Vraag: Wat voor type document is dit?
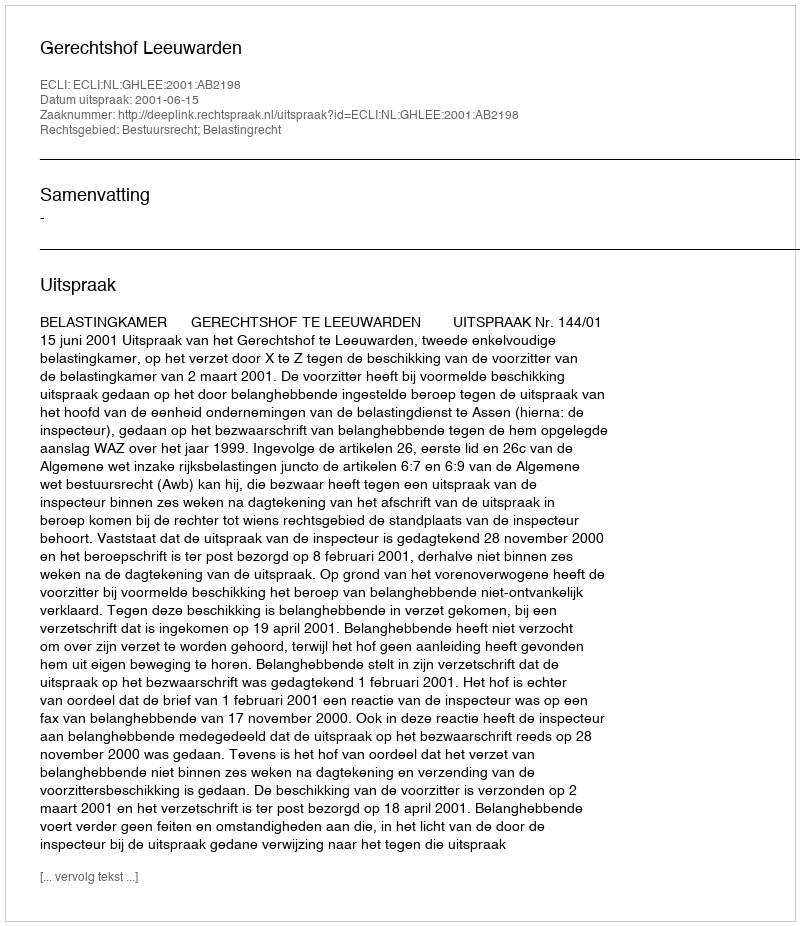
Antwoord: Uitspraak